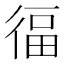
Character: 𭛷